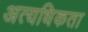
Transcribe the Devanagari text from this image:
अत्यधिकता